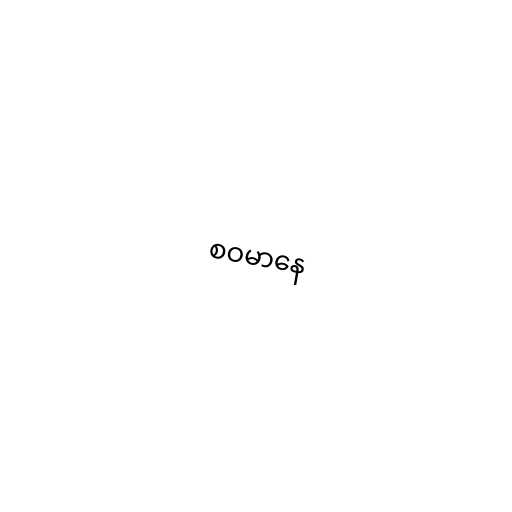
စဝမာနေ